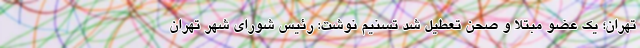
تهران؛ یک عضو مبتلا و صحن تعطیل شد تسنیم نوشت: رئیس شورای شهر تهران